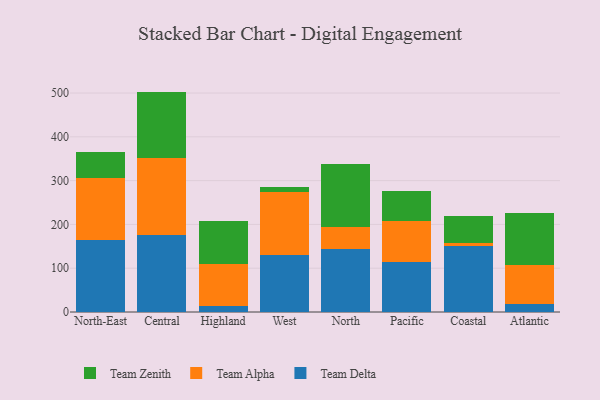
{"axis": {"x": "Region", "y": "Net Income (USD K)"}, "legend": ["Team Alpha", "Team Delta", "Team Zenith"], "data": [{"x": "North-East", "y": 165.4, "type": "Team Delta"}, {"x": "North-East", "y": 140.5, "type": "Team Alpha"}, {"x": "North-East", "y": 59.5, "type": "Team Zenith"}, {"x": "Central", "y": 176.5, "type": "Team Delta"}, {"x": "Central", "y": 175.0, "type": "Team Alpha"}, {"x": "Central", "y": 151.8, "type": "Team Zenith"}, {"x": "Highland", "y": 13.1, "type": "Team Delta"}, {"x": "Highland", "y": 97.6, "type": "Team Alpha"}, {"x": "Highland", "y": 97.1, "type": "Team Zenith"}, {"x": "West", "y": 130.7, "type": "Team Delta"}, {"x": "West", "y": 142.7, "type": "Team Alpha"}, {"x": "West", "y": 12.8, "type": "Team Zenith"}, {"x": "North", "y": 143.2, "type": "Team Delta"}, {"x": "North", "y": 50.0, "type": "Team Alpha"}, {"x": "North", "y": 144.8, "type": "Team Zenith"}, {"x": "Pacific", "y": 113.2, "type": "Team Delta"}, {"x": "Pacific", "y": 95.1, "type": "Team Alpha"}, {"x": "Pacific", "y": 67.2, "type": "Team Zenith"}, {"x": "Coastal", "y": 150.7, "type": "Team Delta"}, {"x": "Coastal", "y": 6.8, "type": "Team Alpha"}, {"x": "Coastal", "y": 62.1, "type": "Team Zenith"}, {"x": "Atlantic", "y": 18.7, "type": "Team Delta"}, {"x": "Atlantic", "y": 89.3, "type": "Team Alpha"}, {"x": "Atlantic", "y": 117.7, "type": "Team Zenith"}]}